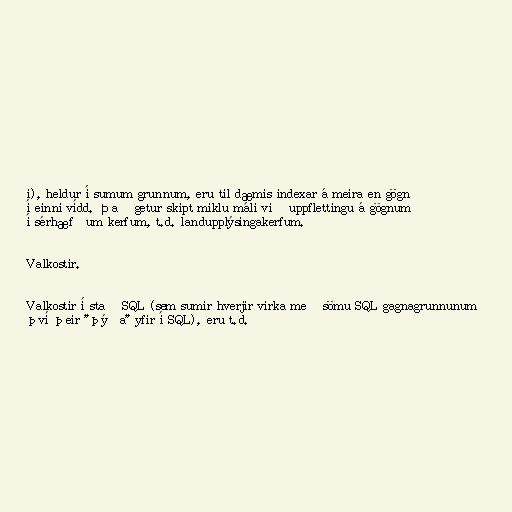
i), heldur í sumum grunnum, eru til dæmis indexar á meira en gögn
í einni vídd. Það getur skipt miklu máli við uppflettingu á gögnum
í sérhæfðum kerfum, t.d. landupplýsingakerfum.

Valkostir.

Valkostir í stað SQL (sem sumir hverjir virka með sömu SQL gagnagrunnunum
því þeir "þýða" yfir í SQL), eru t.d.